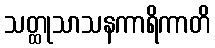
သတ္ထုသာသနကာရိကာတိ